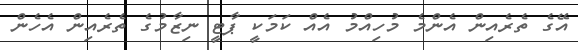
އޭގެ ތެރެއިން އެންމެ މުހިއްމު އެއް ކަމަކީ ޕާޓީ ނިޒާމުގެ ތެރެއިން އެހެން